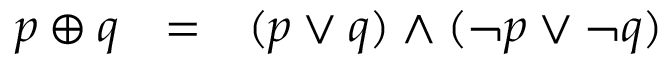
\begin{array} { l l l } { p \oplus q } & { = } & { ( p \lor q ) \land ( \lnot p \lor \lnot q ) } \end{array}